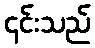
၎င်းသည်